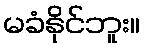
မခံနိုင်ဘူး။